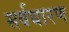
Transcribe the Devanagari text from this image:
सर्वधारण